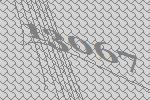
13067